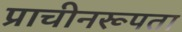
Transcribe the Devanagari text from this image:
प्राचीनरूपता